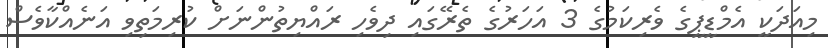
މިއަދަކީ އެމްޑީޕީގެ ވެރިކަމުގެ 3 އަހަރުގެ ތެރޭގައި ދިވެހި ރައްޔިތުންނަށް ކުރިމަތިވި އަނެއްކާވެސް